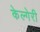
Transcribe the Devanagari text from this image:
केल्गेरी